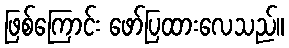
ဖြစ်ကြောင်း ဖော်ပြထားလေသည်။